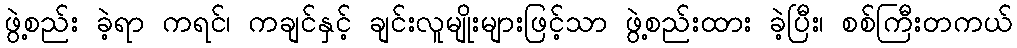
ဖွဲ့စည်း ခဲ့ရာ ကရင်၊ ကချင်နှင့် ချင်းလူမျိုးများဖြင့်သာ ဖွဲ့စည်းထား ခဲ့ပြီး၊ စစ်ကြီးတကယ်